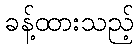
ခန့်ထားသည့်